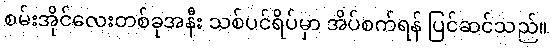
စမ်းအိုင်လေးတစ်ခုအနီး သစ်ပင်ရိပ်မှာ အိပ်စက်ရန် ပြင်ဆင်သည်။